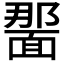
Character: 𫖂